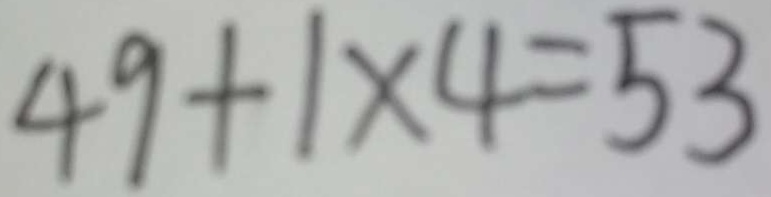
4 9 + 1 \times 4 = 5 3